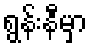
ရွန်းနီမှာ